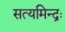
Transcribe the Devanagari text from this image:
सत्यमिन्द्रः